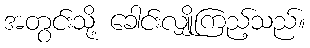
အတွင်းသို့ ခေါင်းလျှိုကြည့်သည်။